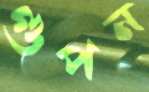
গুপন